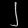
Digit: ၂